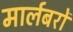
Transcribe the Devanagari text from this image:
मार्लबरों